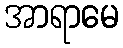
အာရာမေ